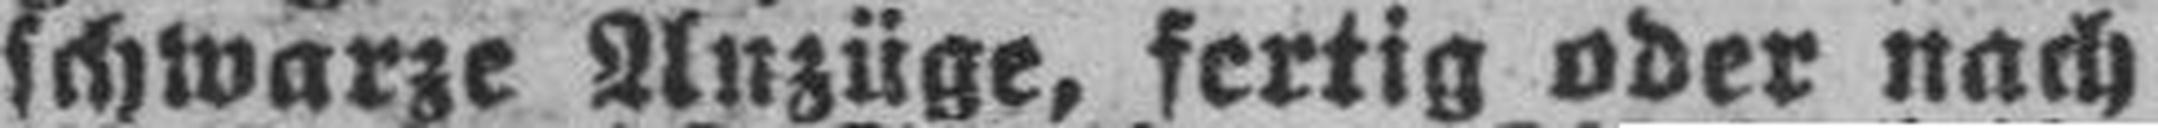
schwarze Anzüge, fertig oder nach